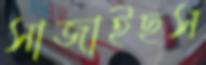
সাজাইছস